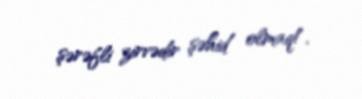
şərəfli zirvədir şəhid olmaq!.